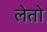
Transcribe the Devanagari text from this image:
लेतो